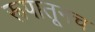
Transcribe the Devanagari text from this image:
रूपातूनच